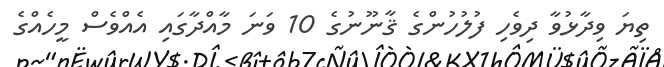
ތިޔަ ވިދާޅުވާ ދިވެހި ފުލުހުންގެ ޤާނޫނުގެ 10 ވަނަ މާއްދާގައި އެއްވެސް މީހެއްގެ